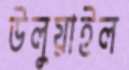
উলুয়াইল